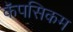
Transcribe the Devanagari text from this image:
कॅपसिकम